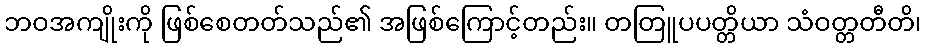
ဘဝအကျိုးကို ဖြစ်စေတတ်သည်၏ အဖြစ်ကြောင့်တည်း။ တတြူပပတ္တိယာ သံဝတ္တတီတိ၊